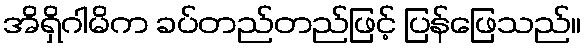
အိရှိဂါမိက ခပ်တည်တည်ဖြင့် ပြန်ဖြေသည်။